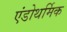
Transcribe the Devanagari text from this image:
एंडोथर्मिक